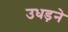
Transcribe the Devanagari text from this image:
उधड़ने